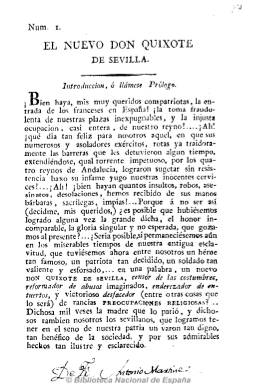
Título: El Nuevo Don Quixote de Sevilla
Otros títulos: El Nuevo Don Quijote de Sevilla
Colección: Periódicos anteriores a 1850
Ámbito geográfico: Sevilla
Lugar de publicación: Sevilla
Fechas: 01/01/1812-31/12/1812

Debió salir nada más abandonar Sevilla las tropas francesas, a finales de agosto de 1812, y se dedicó a defender la religión y a los clérigos regulares de las censuras que les dirigía Manuel López Cepero, cura de la catedral hispalense, desde su periódico A Sevilla libre. Estampado en la imprenta de la calle del Mar, se conocen sólo los dos primeros números de este periódico, de cuatro páginas cada uno, firmado al final con las iniciales F.F.A.R.d.l.T, probablemente las de un fraile trinitario.